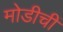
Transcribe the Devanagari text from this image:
मोडीचीं